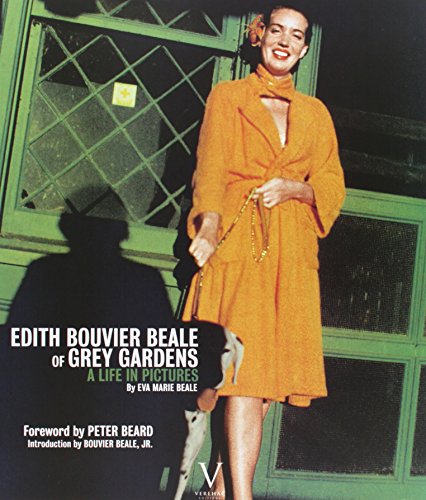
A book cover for Edith Bouvier Beale of Grey Gardens: A Life in Pictures; Eva Marie Beale; Arts & Photography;